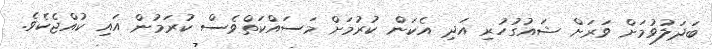
ބަދަލުވުމަށް ވަރަށް ޝައުގުހުރި އަދި އެކަން ކުރުމަށް މަސައްކަތްވެސް ކުރަމުން އައި ކުއްޖެކެވެ.